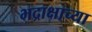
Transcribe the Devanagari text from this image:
भद्राक्षाच्या